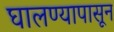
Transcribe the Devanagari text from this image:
घालण्यापासून